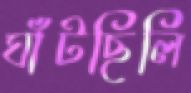
ঘাঁটছিলি